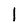
Character: 1